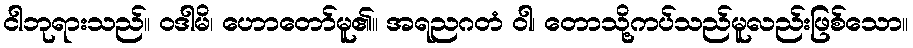
ငါဘုရားသည်။ ဝဒါမိ၊ ဟောတော်မူ၏။ အရညဂတံ ဝါ၊ တောသို့ကပ်သည်မူလည်းဖြစ်သော။